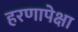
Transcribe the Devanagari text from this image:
हरणापेक्षा